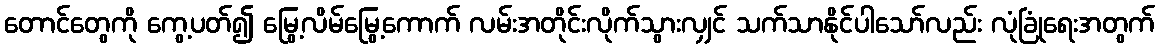
တောင်တွေကို ကွေ့ပတ်၍ မြွေ့လိမ်မြွေ့ကောက် လမ်းအတိုင်းလိုက်သွားလျှင် သက်သာနိုင်ပါသော်လည်း လုံခြုံရေးအတွက်